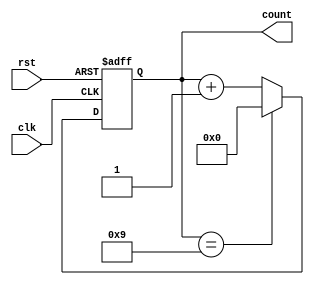
module BCD_Counter (
    input wire clk,         // Clock input
    input wire rst,         // Reset input
    output reg [3:0] count  // 4-bit output for BCD count
);

// Always block triggered on the rising edge of the clock or when reset is asserted
always @(posedge clk or posedge rst) begin
    if (rst) begin
        // Reset the counter to 0
        count <= 4'b0000;
    end else begin
        if (count == 4'b1001) begin
            // Roll over to 0 after reaching 9 (1001 in binary)
            count <= 4'b0000;
        end else begin
            // Increment the counter
            count <= count + 1;
        end
    end
end

endmodule